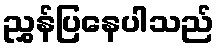
ညွှန်ပြနေပါသည်